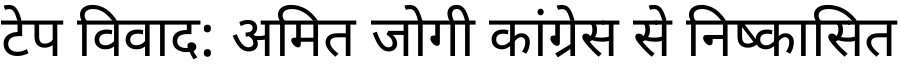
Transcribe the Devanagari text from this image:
टेप विवाद: अमित जोगी कांग्रेस से निष्कासित